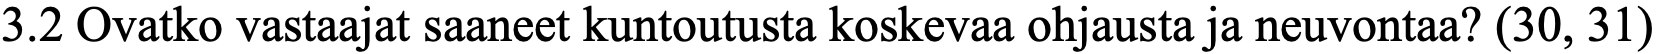
3.2 Ovatko vastaajat saaneet kuntoutusta koskevaa ohjausta ja neuvontaa? (30, 31)